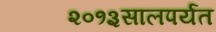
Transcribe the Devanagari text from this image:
२०१३सालपर्यंत